Civil Veterinary Department Bengal reports 1933-51 - 1933-1951
Year: 1933
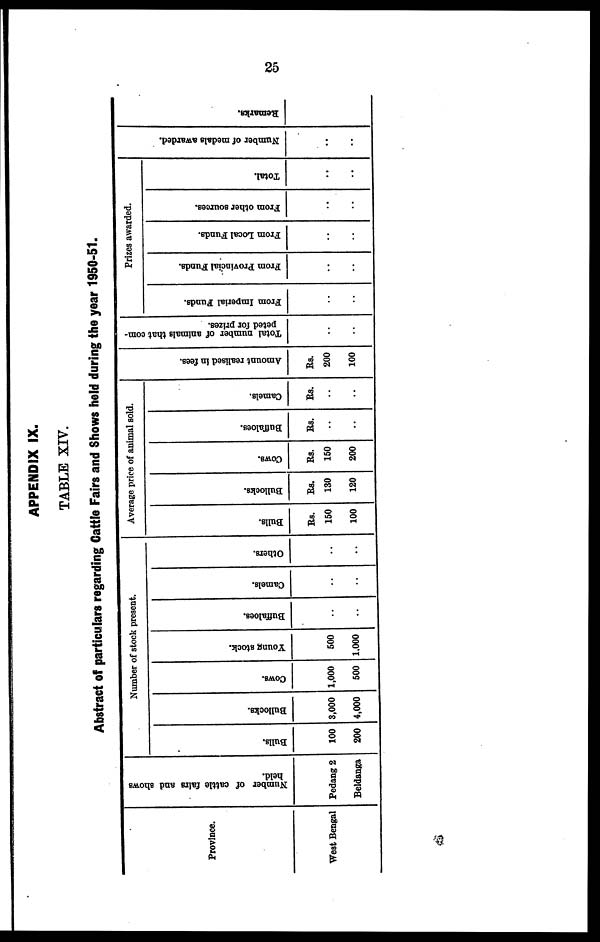
25
APPENDIX IX.
TABLE XIV.
Abstract of particulars regarding Cattle Fairs and Shows held during the year 1950-51.
Province.
West Bengal
Number of cattle fairs and shows
held.
Pedang 2
Beidanga
Number of stock present.
Bulls.
100
200
Bullocks.
3,000
4,000
Cows.
1,000
500
Young stock.
500
1.000
Buffaloes.
..
..
Camels.
..
..
Others.
..
..
Average price of animal sold.
Bulls.
Rs.
150
100
Bullocks.
Rs.
130
120
Cows.
Rs.
150
200
Buffaloes.
Rs.
..
..
Camels.
Rs.
..
..
Amount realised In fees.
Rs.
200
100
Total number of animals that com-
peted for prizes.
..
..
Frizes awarded.
From Imperial Funds.
..
..
From Provincial Funds.
..
..
From Local Funds.
..
..
From other sources.
..
..
Total.
..
..
Nu mb e r of medals awarded.
..
..
Re ma r
ks .
..
..